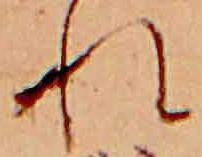
れ